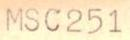
MSC251